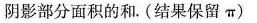
阴影部分面积的和。(结果保留\pi)